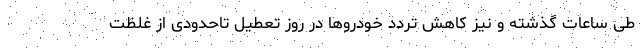
طی ساعات گذشته و نیز کاهش تردد خودروها در روز تعطیل تاحدودی از غلظت